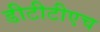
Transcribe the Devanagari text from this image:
डीटीटीएच